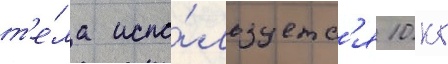
т'е́ла испо́льзуетс'я 10 кг